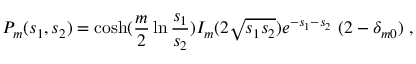
P _ { m } ( s _ { 1 } , s _ { 2 } ) = \cosh ( { \frac { m } { 2 } } \ln { \frac { s _ { 1 } } { s _ { 2 } } } ) I _ { m } ( 2 \sqrt { s _ { 1 } s _ { 2 } } ) e ^ { - s _ { 1 } - s _ { 2 } } \ ( 2 - \delta _ { m 0 } ) \ ,